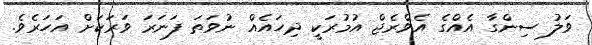
ވަލު ސިންގާ އެއްގެ އެވްރެޖް އުމުރަކީ ދިހައެއް ނުވަތަ ފަނަރަ ވަރަކަށް އަހަރެވެ.